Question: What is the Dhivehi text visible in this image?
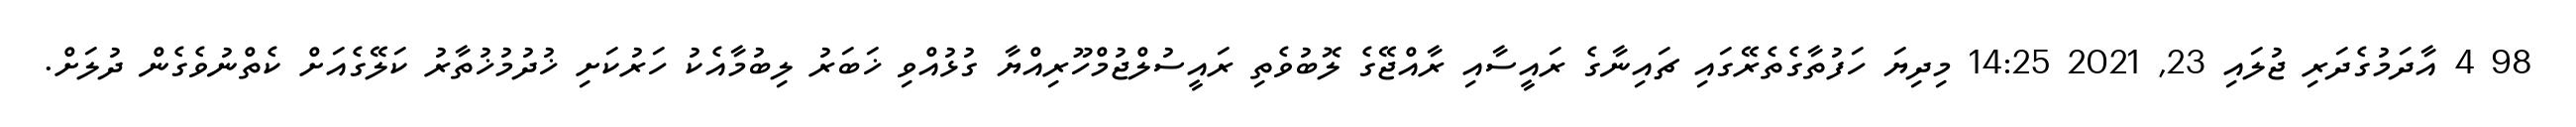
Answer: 98 4 އާދަމުގެދަރި ޖުލައި 23, 2021 14:25 މިދިޔަ ހަފުތާގެތެރޭގައި ޗައިނާގެ ރައީސާއި ރާއްޖޭގެ ލޮބުވެތި ރައީސުލްޖުމްހޫރިއްޔާ ގުޅުއްވި ޚަބަރު ލިބުމާއެކު ހަރުކަށި ޚުދުމުޚުތާރު ކަލޭގެއަށް ކެތްނުވެގެން ދުލަށް.